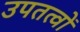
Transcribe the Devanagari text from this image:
उपतत्वों